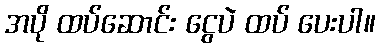
အပို ထပ်ဆောင်း ငွေပဲ ထပ် ပေးပါ။